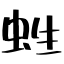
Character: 﨡